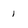
Character: 1